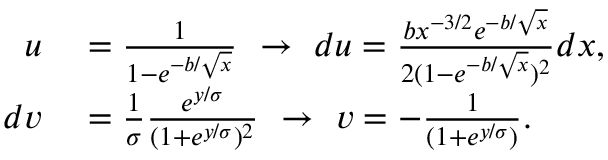
\begin{array} { r l } { u } & { { } = \frac { 1 } { 1 - e ^ { - b / \sqrt { x } } } \ \rightarrow \ d u = \frac { b x ^ { - 3 / 2 } e ^ { - b / \sqrt { x } } } { 2 ( 1 - e ^ { - b / \sqrt { x } } ) ^ { 2 } } d x , } \\ { d v } & { { } = \frac { 1 } { \sigma } \frac { e ^ { y / \sigma } } { ( 1 + e ^ { y / \sigma } ) ^ { 2 } } \ \rightarrow \ v = - \frac { 1 } { ( 1 + e ^ { y / \sigma } ) } . } \end{array}